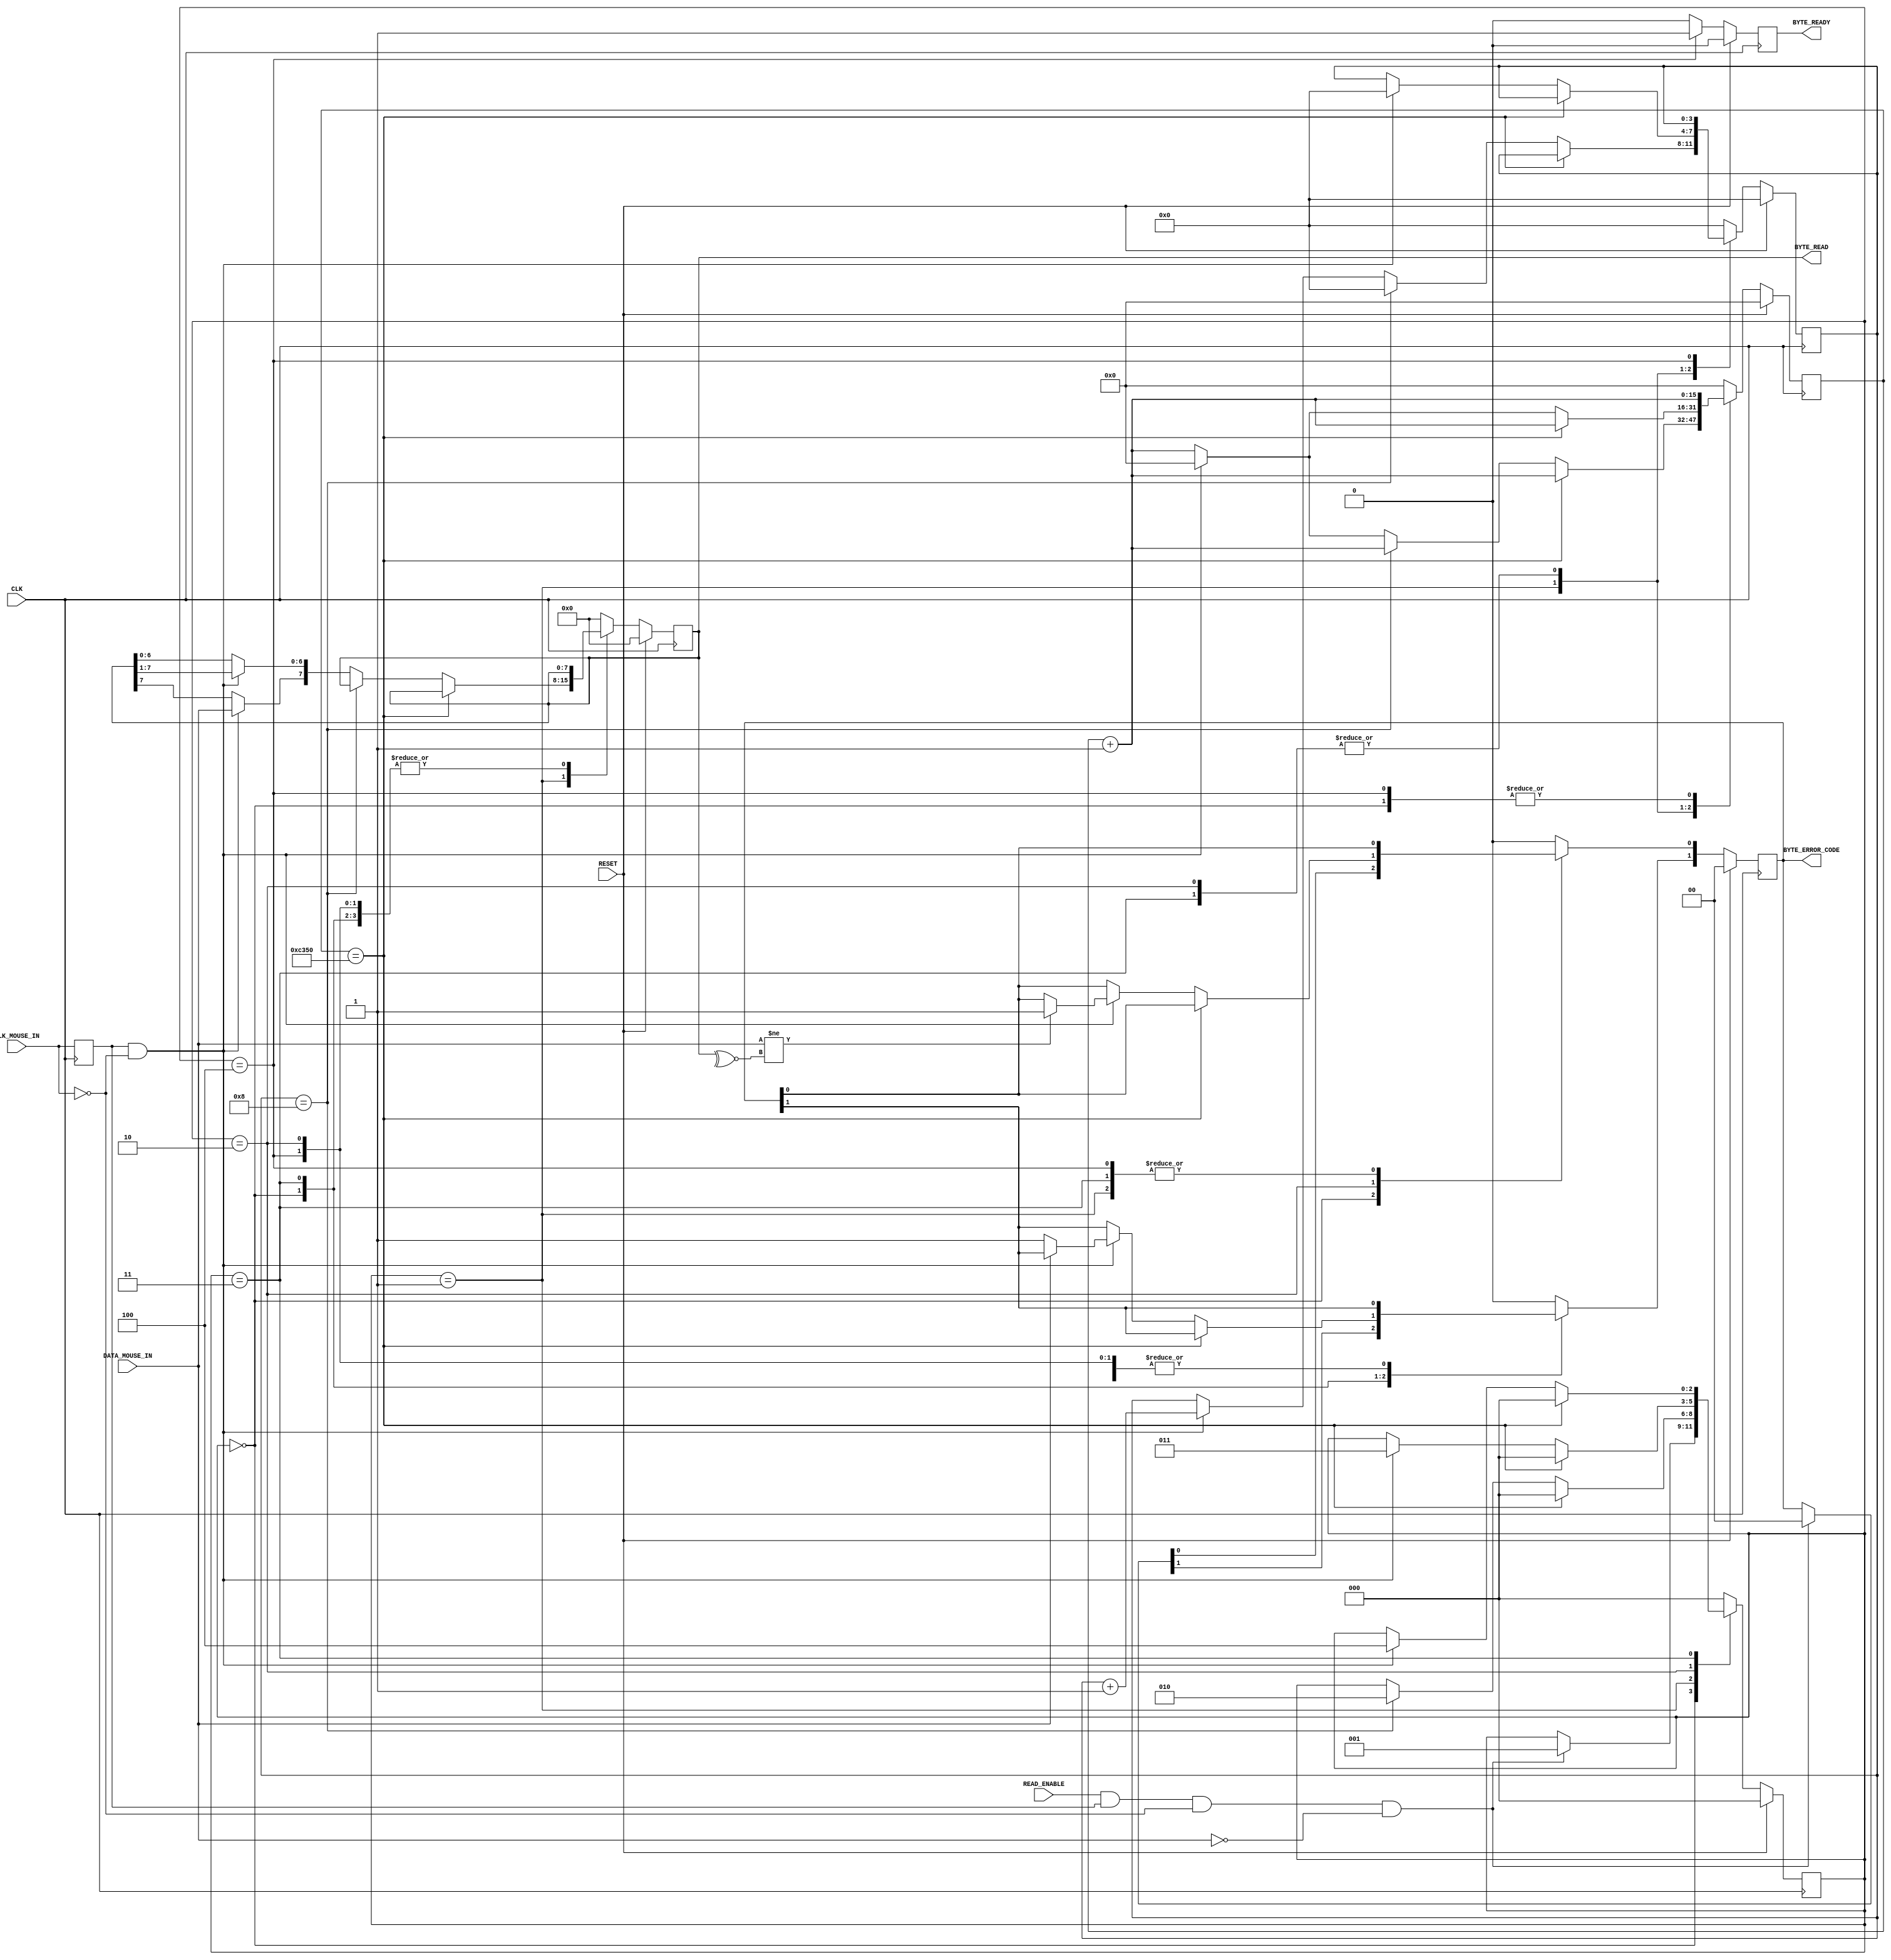
module MouseReceiver(
    //Standard Inputs
    input RESET,
    input CLK,
    //Mouse IO - CLK
    input CLK_MOUSE_IN,
    //Mouse IO - DATA
    input DATA_MOUSE_IN,
    //Control
    input READ_ENABLE,
    output [7:0] BYTE_READ,
    output [1:0] BYTE_ERROR_CODE,
    output BYTE_READY
);
    //////////////////////////////////////////////////////////
    // Clk Mouse delayed to detect clock edges
    reg ClkMouseInDly;
    always@(posedge CLK)
        ClkMouseInDly <= CLK_MOUSE_IN;
    //////////////////////////////////////////////////////////
    //A simple state machine to handle the incoming 11-bit codewords
    reg [2:0] Curr_State, Next_State;
    reg [7:0] Curr_MSCodeShiftReg, Next_MSCodeShiftReg;
    reg [3:0] Curr_BitCounter, Next_BitCounter;
    reg Curr_ByteReceived, Next_ByteReceived;
    reg [1:0] Curr_MSCodeStatus, Next_MSCodeStatus;
    reg [15:0] Curr_TimeoutCounter, Next_TimeoutCounter;
    //Sequential
    always@(posedge CLK) begin
        if(RESET) begin
            Curr_State <= 3'b000;
            Curr_MSCodeShiftReg <= 8'h00;
            Curr_BitCounter <= 0;
            Curr_ByteReceived <= 1'b0;
            Curr_MSCodeStatus <= 2'b00;
            Curr_TimeoutCounter <= 0;
        end else begin
            Curr_State <= Next_State;
            Curr_MSCodeShiftReg <= Next_MSCodeShiftReg;
            Curr_BitCounter <= Next_BitCounter;
            Curr_ByteReceived <= Next_ByteReceived;
            Curr_MSCodeStatus <= Next_MSCodeStatus;
            Curr_TimeoutCounter <= Next_TimeoutCounter;
        end
    end
    //Combinatorial
    always@* begin
    //defaults to make the State Machine more readable
        Next_State = Curr_State;
        Next_MSCodeShiftReg = Curr_MSCodeShiftReg;
        Next_BitCounter = Curr_BitCounter;
        Next_ByteReceived = 1'b0;
        Next_MSCodeStatus = Curr_MSCodeStatus;
        Next_TimeoutCounter = Curr_TimeoutCounter + 1'b1;
        //The states
        case (Curr_State)
            // Start bit
            3'b000: begin
                //Falling edge of Mouse clock and MouseData is low i.e. start bit
                if(READ_ENABLE & ClkMouseInDly & ~CLK_MOUSE_IN & ~DATA_MOUSE_IN) begin
                    Next_State = 3'b001;
                    Next_MSCodeStatus = 2'b00;
                end
                Next_BitCounter = 0;
            end
            // Read successive byte bits from the mouse here
            3'b001: begin
                if(Curr_TimeoutCounter == 50000) // 1ms timeout
                    Next_State = 3'b000;
                else if(Curr_BitCounter == 8) begin // if last bit go to parity bit check
                    Next_State = 3'b010;
                    Next_BitCounter = 0;
                end else if(ClkMouseInDly & ~CLK_MOUSE_IN) begin //Shift Byte bits in
                    Next_MSCodeShiftReg[6:0] = Curr_MSCodeShiftReg[7:1];
                    Next_MSCodeShiftReg[7] = DATA_MOUSE_IN;
                    Next_BitCounter = Curr_BitCounter + 1;
                    Next_TimeoutCounter = 0;
                end
            end
            //Check Parity Bit
            3'b010: begin
            //Falling edge of Mouse clock and MouseData is odd parity
                if(Curr_TimeoutCounter == 50000)
                    Next_State = 3'b000;
                else if(ClkMouseInDly & ~CLK_MOUSE_IN) begin
                    if (DATA_MOUSE_IN != ~^Curr_MSCodeShiftReg[7:0]) // Parity bit error
                        Next_MSCodeStatus[0] = 1'b1;
                    Next_BitCounter = 0;
                    Next_State = 3'b011;
                    Next_TimeoutCounter = 0;
                end
            end
            // Stop bit
            3'b011: begin
            //Falling edge of Mouse clock and MouseData is high i.e. stop bit
                if(Curr_TimeoutCounter == 50000) // 1ms timeout
                    Next_State = 3'b000;
                else if(ClkMouseInDly & ~CLK_MOUSE_IN) begin
                    if(~DATA_MOUSE_IN)
                        Next_MSCodeStatus[1] = 1'b1;
                    Next_BitCounter = 0;
                    Next_State = 3'b100;
                    Next_TimeoutCounter = 0;
                end
            end
            // Final state
            3'b100: begin
                Next_State = 3'b000;
                Next_ByteReceived = 1'b1;
            end
            // Default state: reset values
            default: begin
                Next_State = 3'b000;
                Next_MSCodeShiftReg = 8'h00;
                Next_BitCounter = 0;
                Next_ByteReceived = 1'b0;
                Next_MSCodeStatus = 2'b00;
                Next_TimeoutCounter = 0;
            end

        endcase
    end
      
    assign BYTE_READY = Curr_ByteReceived;
    assign BYTE_READ = Curr_MSCodeShiftReg;
    assign BYTE_ERROR_CODE = Curr_MSCodeStatus;
      
endmodule